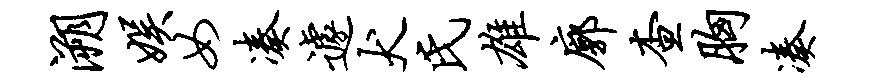
溯娱女凑遽犬氏雄廓查胸凑